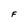
Character: F